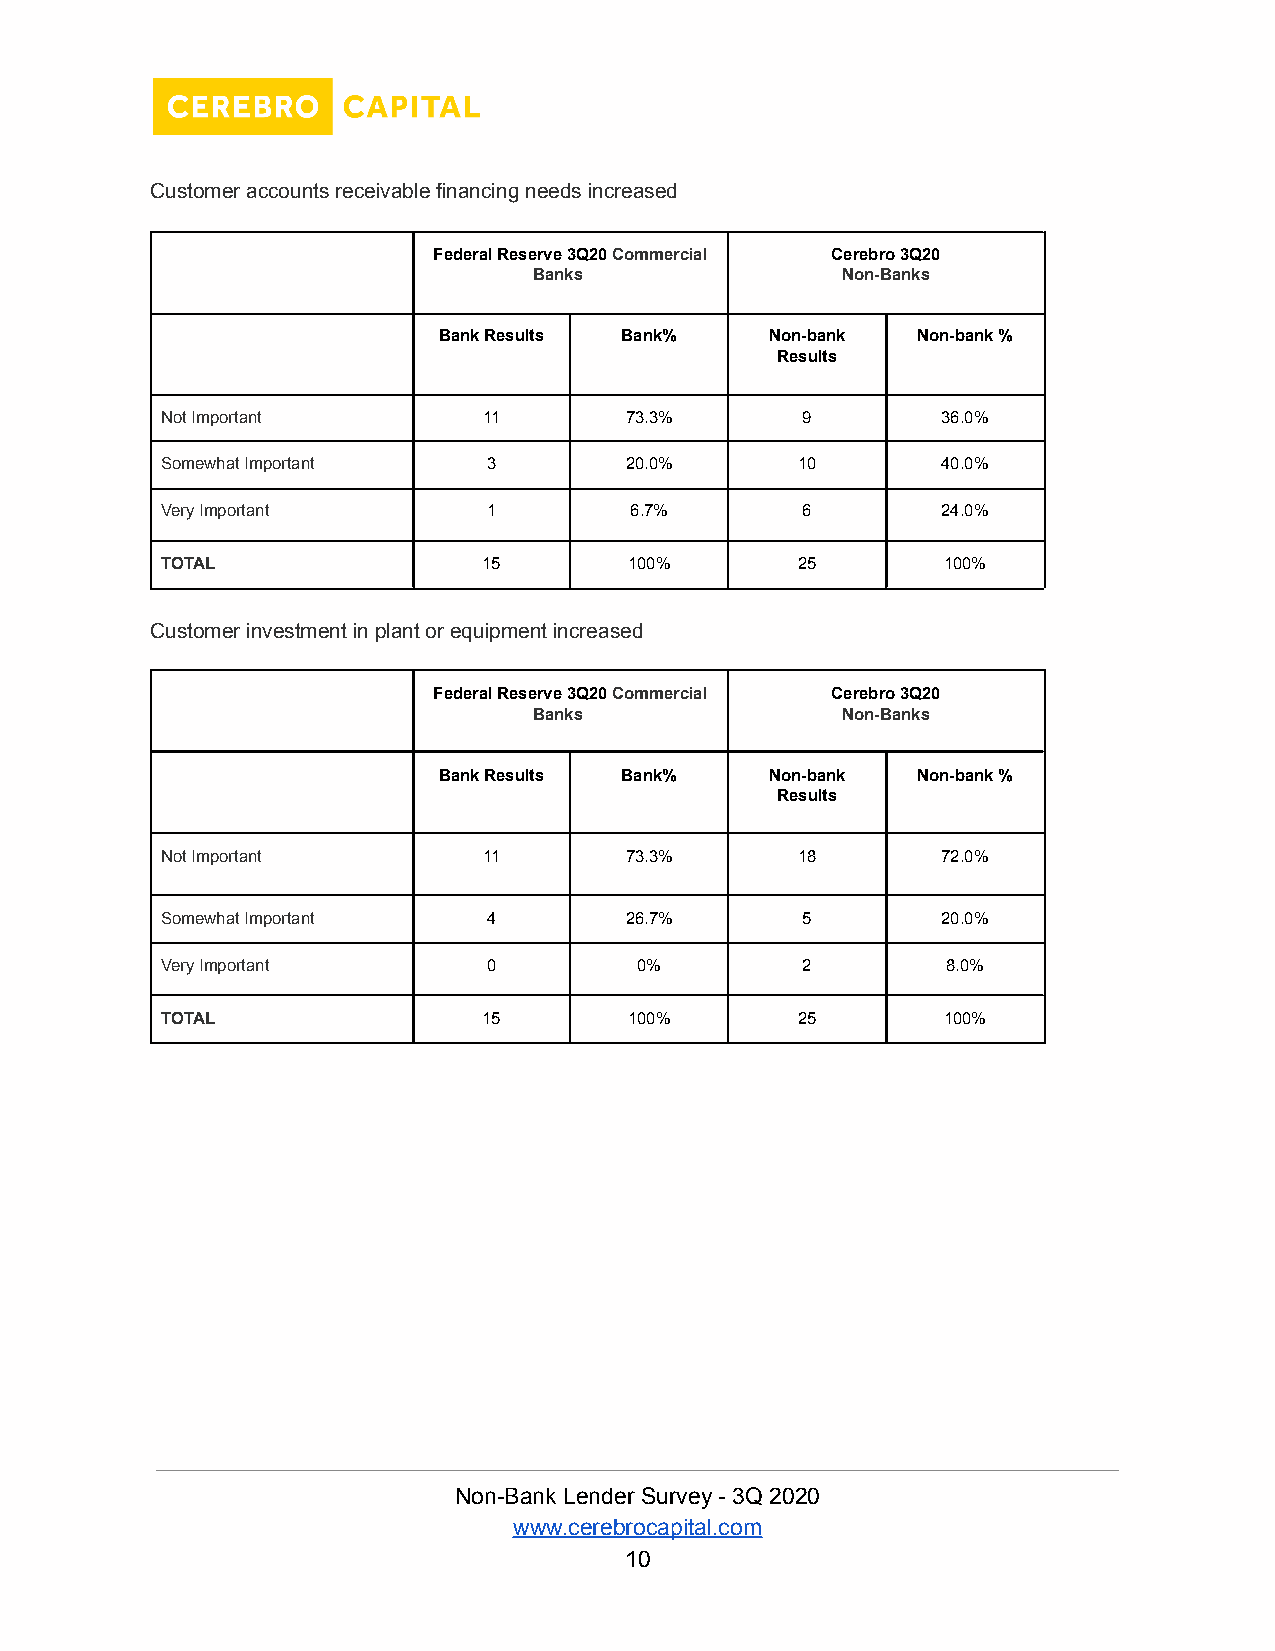
Customer accounts receivable financing needs increased
 Federal Reserve 3Q20Commercial Cerebro 3Q20
 Banks                Non-Banks
 Bank Results Bank%    Non-bank  Non-bank %
 Results
 Not Important        11       73.3%       9        36.0%
 Somewhat Important   3        20.0%       10       40.0%
 Very Important       1         6.7%       6        24.0%
 TOTAL                15        100%       25       100%
 Customer investment in plant or equipment increased
 Federal Reserve 3Q20Commercial Cerebro 3Q20
 Banks                Non-Banks
 Bank Results Bank%    Non-bank  Non-bank %
 Results
 Not Important        11       73.3%       18       72.0%
 Somewhat Important   4        26.7%       5        20.0%
 Very Important       0         0%         2         8.0%
 TOTAL                15        100%       25       100%
 Non-Bank Lender Survey - 3Q 2020
 www.cerebrocapital.com
 10